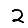
Digit: 2